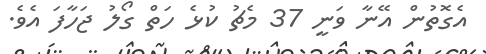
އެގޮތުން އޭނާ ވަނީ 37 މެޗު ކުޅެ ހަތް ގޯލު ޖަހާފަ އެވެ.